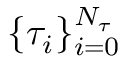
\{ \tau _ { i } \} _ { i = 0 } ^ { N _ { \tau } }